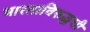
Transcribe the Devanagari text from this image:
भारताविरुद्धची